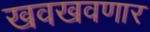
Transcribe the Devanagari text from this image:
खवखवणार